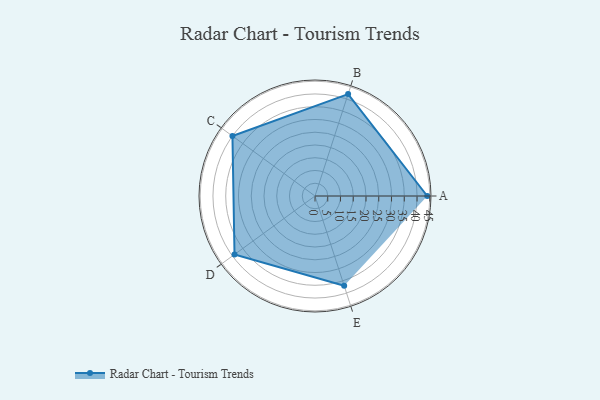
{"axis": {"x": "Skill", "y": "Score"}, "legend": ["Profile"], "data": [{"x": "A", "y": 44.0, "type": "Profile"}, {"x": "B", "y": 42.0, "type": "Profile"}, {"x": "C", "y": 40.0, "type": "Profile"}, {"x": "D", "y": 39.0, "type": "Profile"}, {"x": "E", "y": 37.0, "type": "Profile"}]}